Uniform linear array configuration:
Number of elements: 32
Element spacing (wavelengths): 0.75
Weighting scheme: cosine
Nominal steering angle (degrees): -45
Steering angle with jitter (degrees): -44.821
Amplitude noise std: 0.05
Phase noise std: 0.05

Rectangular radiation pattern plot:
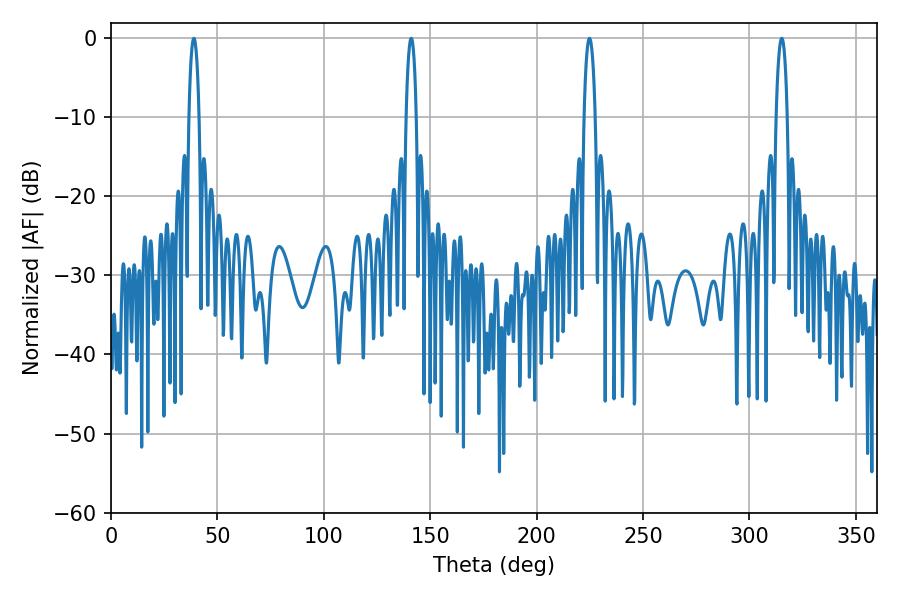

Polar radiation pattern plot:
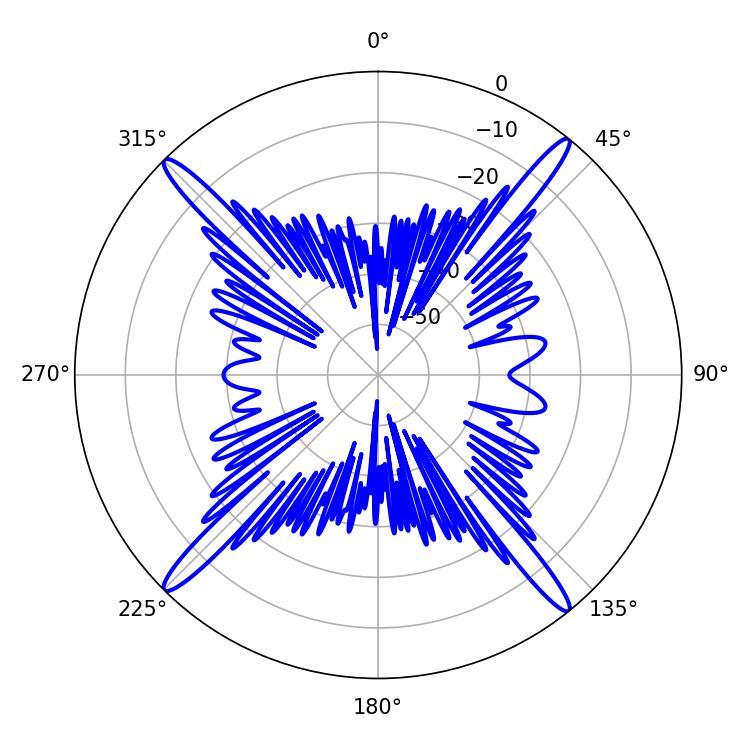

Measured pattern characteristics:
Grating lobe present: TRUE
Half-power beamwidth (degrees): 2.88
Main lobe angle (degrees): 224.82